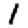
Digit: 1